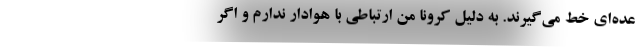
عده‌ای خط می‌گیرند. به دلیل کرونا من ارتباطی با هوادار ندارم و اگر